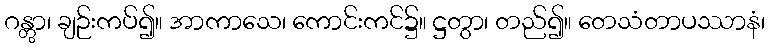
ဂန္တွာ၊ ချဉ်းကပ်၍။ အာကာသေ၊ ကောင်းကင်၌။ ဋ္ဌတွာ၊ တည်၍။ တေသံတာပဿာနံ၊